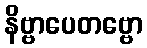
နိဗ္ဗာပေတဗ္ဗော